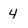
Character: 4